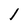
Character: l